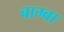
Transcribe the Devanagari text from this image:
बाम्बा